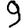
Digit: 9